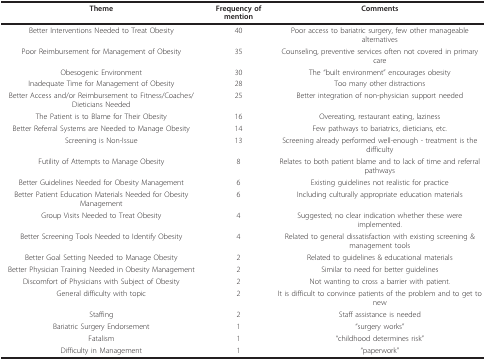
<table><thead><tr><td><b>Theme</b></td><td><b>Frequency of mention</b></td><td><b>Comments</b></td></tr></thead><tbody><tr><td>Better Interventions Needed to Treat Obesity</td><td>40</td><td>Poor access to bariatric surgery, few other manageable alternatives</td></tr><tr><td>Poor Reimbursement for Management of Obesity</td><td>35</td><td>Counseling, preventive services often not covered in primary care</td></tr><tr><td>Obesogenic Environment</td><td>30</td><td>The &quot;built environment&quot; encourages obesity</td></tr><tr><td>Inadequate Time for Management of Obesity</td><td>28</td><td>Too many other distractions</td></tr><tr><td>Better Access and/or Reimbursement to Fitness/Coaches/Dieticians Needed</td><td>25</td><td>Better integration of non-physician support needed</td></tr><tr><td>The Patient is to Blame for Their Obesity</td><td>16</td><td>Overeating, restaurant eating, laziness</td></tr><tr><td>Better Referral Systems are Needed to Manage Obesity</td><td>14</td><td>Few pathways to bariatrics, dieticians, etc.</td></tr><tr><td>Screening is Non-Issue</td><td>13</td><td>Screening already performed well-enough - treatment is the difficulty</td></tr><tr><td>Futility of Attempts to Manage Obesity</td><td>8</td><td>Relates to both patient blame and to lack of time and referral pathways</td></tr><tr><td>Better Guidelines Needed for Obesity Management</td><td>6</td><td>Existing guidelines not realistic for practice</td></tr><tr><td>Better Patient Education Materials Needed for Obesity Management</td><td>6</td><td>Including culturally appropriate education materials</td></tr><tr><td>Group Visits Needed to Treat Obesity</td><td>4</td><td>Suggested; no clear indication whether these were implemented.</td></tr><tr><td>Better Screening Tools Needed to Identify Obesity</td><td>4</td><td>Related to general dissatisfaction with existing screening &amp; management tools</td></tr><tr><td>Better Goal Setting Needed to Manage Obesity</td><td>2</td><td>Related to guidelines &amp; educational materials</td></tr><tr><td>Better Physician Training Needed in Obesity Management</td><td>2</td><td>Similar to need for better guidelines</td></tr><tr><td>Discomfort of Physicians with Subject of Obesity</td><td>2</td><td>Not wanting to cross a barrier with patient.</td></tr><tr><td>General difficulty with topic</td><td>2</td><td>It is difficult to convince patients of the problem and to get to new</td></tr><tr><td>Staffing</td><td>2</td><td>Staff assistance is needed</td></tr><tr><td>Bariatric Surgery Endorsement</td><td>1</td><td>&quot;surgery works&quot;</td></tr><tr><td>Fatalism</td><td>1</td><td>&quot;childhood determines risk&quot;</td></tr><tr><td>Difficulty in Management</td><td>1</td><td>&quot;paperwork&quot;</td></tr></tbody></table>